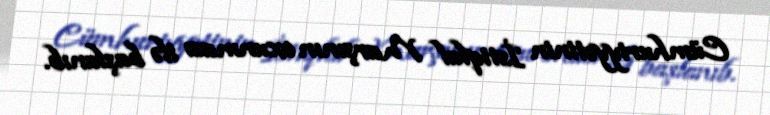
Cümhuriyyətinin İstiqlal Marşının oxunması ilə başlanıb.